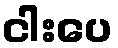
ငါးပေ